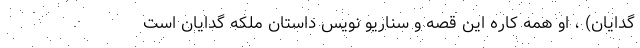
گدایان) ، او همه کاره این قصه و سناریو نویس داستان ملکه گدایان است